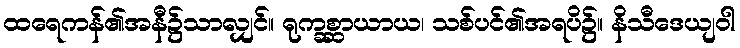
ထရေကန်၏အနီ၌သာလျှင်။ ရုက္ခစ္ဆာယာယ၊ သစ်ပင်၏အရပိ၌။ နိသီဒေယျဝါ